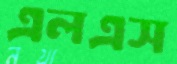
এলএস